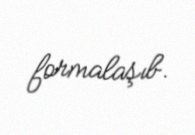
formalaşıb.